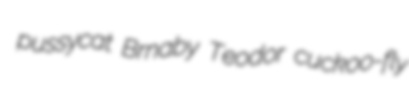
pussycat Brnaby Teodor cuckoo-fly